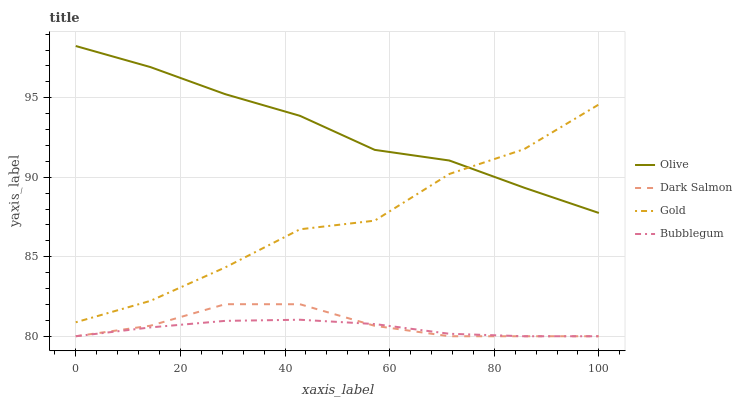
| xaxis_label | Olive | Dark Salmon | Gold | Bubblegum |
 | --- | --- | --- | --- | --- |
 | 0 | 98.3 | 80 | 80.9 | 80 |
 | 14.3 | 96.9 | 80.7 | 82.2 | 80.6 |
 | 28.6 | 95.2 | 82 | 84.3 | 81 |
 | 42.9 | 93.9 | 82 | 86.7 | 81 |
 | 57.1 | 91.7 | 80.7 | 87.3 | 80.8 |
 | 71.4 | 91.1 | 80 | 90.2 | 80.2 |
 | 85.7 | 89.3 | 80 | 91.8 | 80 |
 | 100 | 87.8 | 80 | 94.6 | 80 |